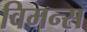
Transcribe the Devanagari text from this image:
विमन्स